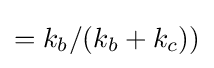
=k_{b}/(k_{b}+k_{c}))